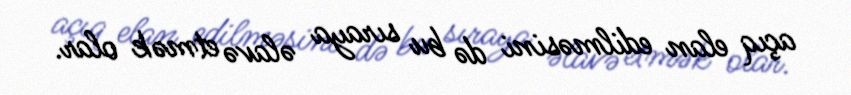
açıq elan edilməsini də bu sıraya əlavə etmək olar.